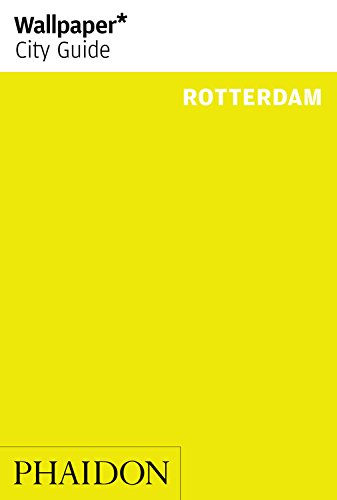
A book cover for Wallpaper* City Guide Rotterdam 2014 (Wallpaper City Guides); Travel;